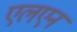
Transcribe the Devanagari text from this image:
एलएन